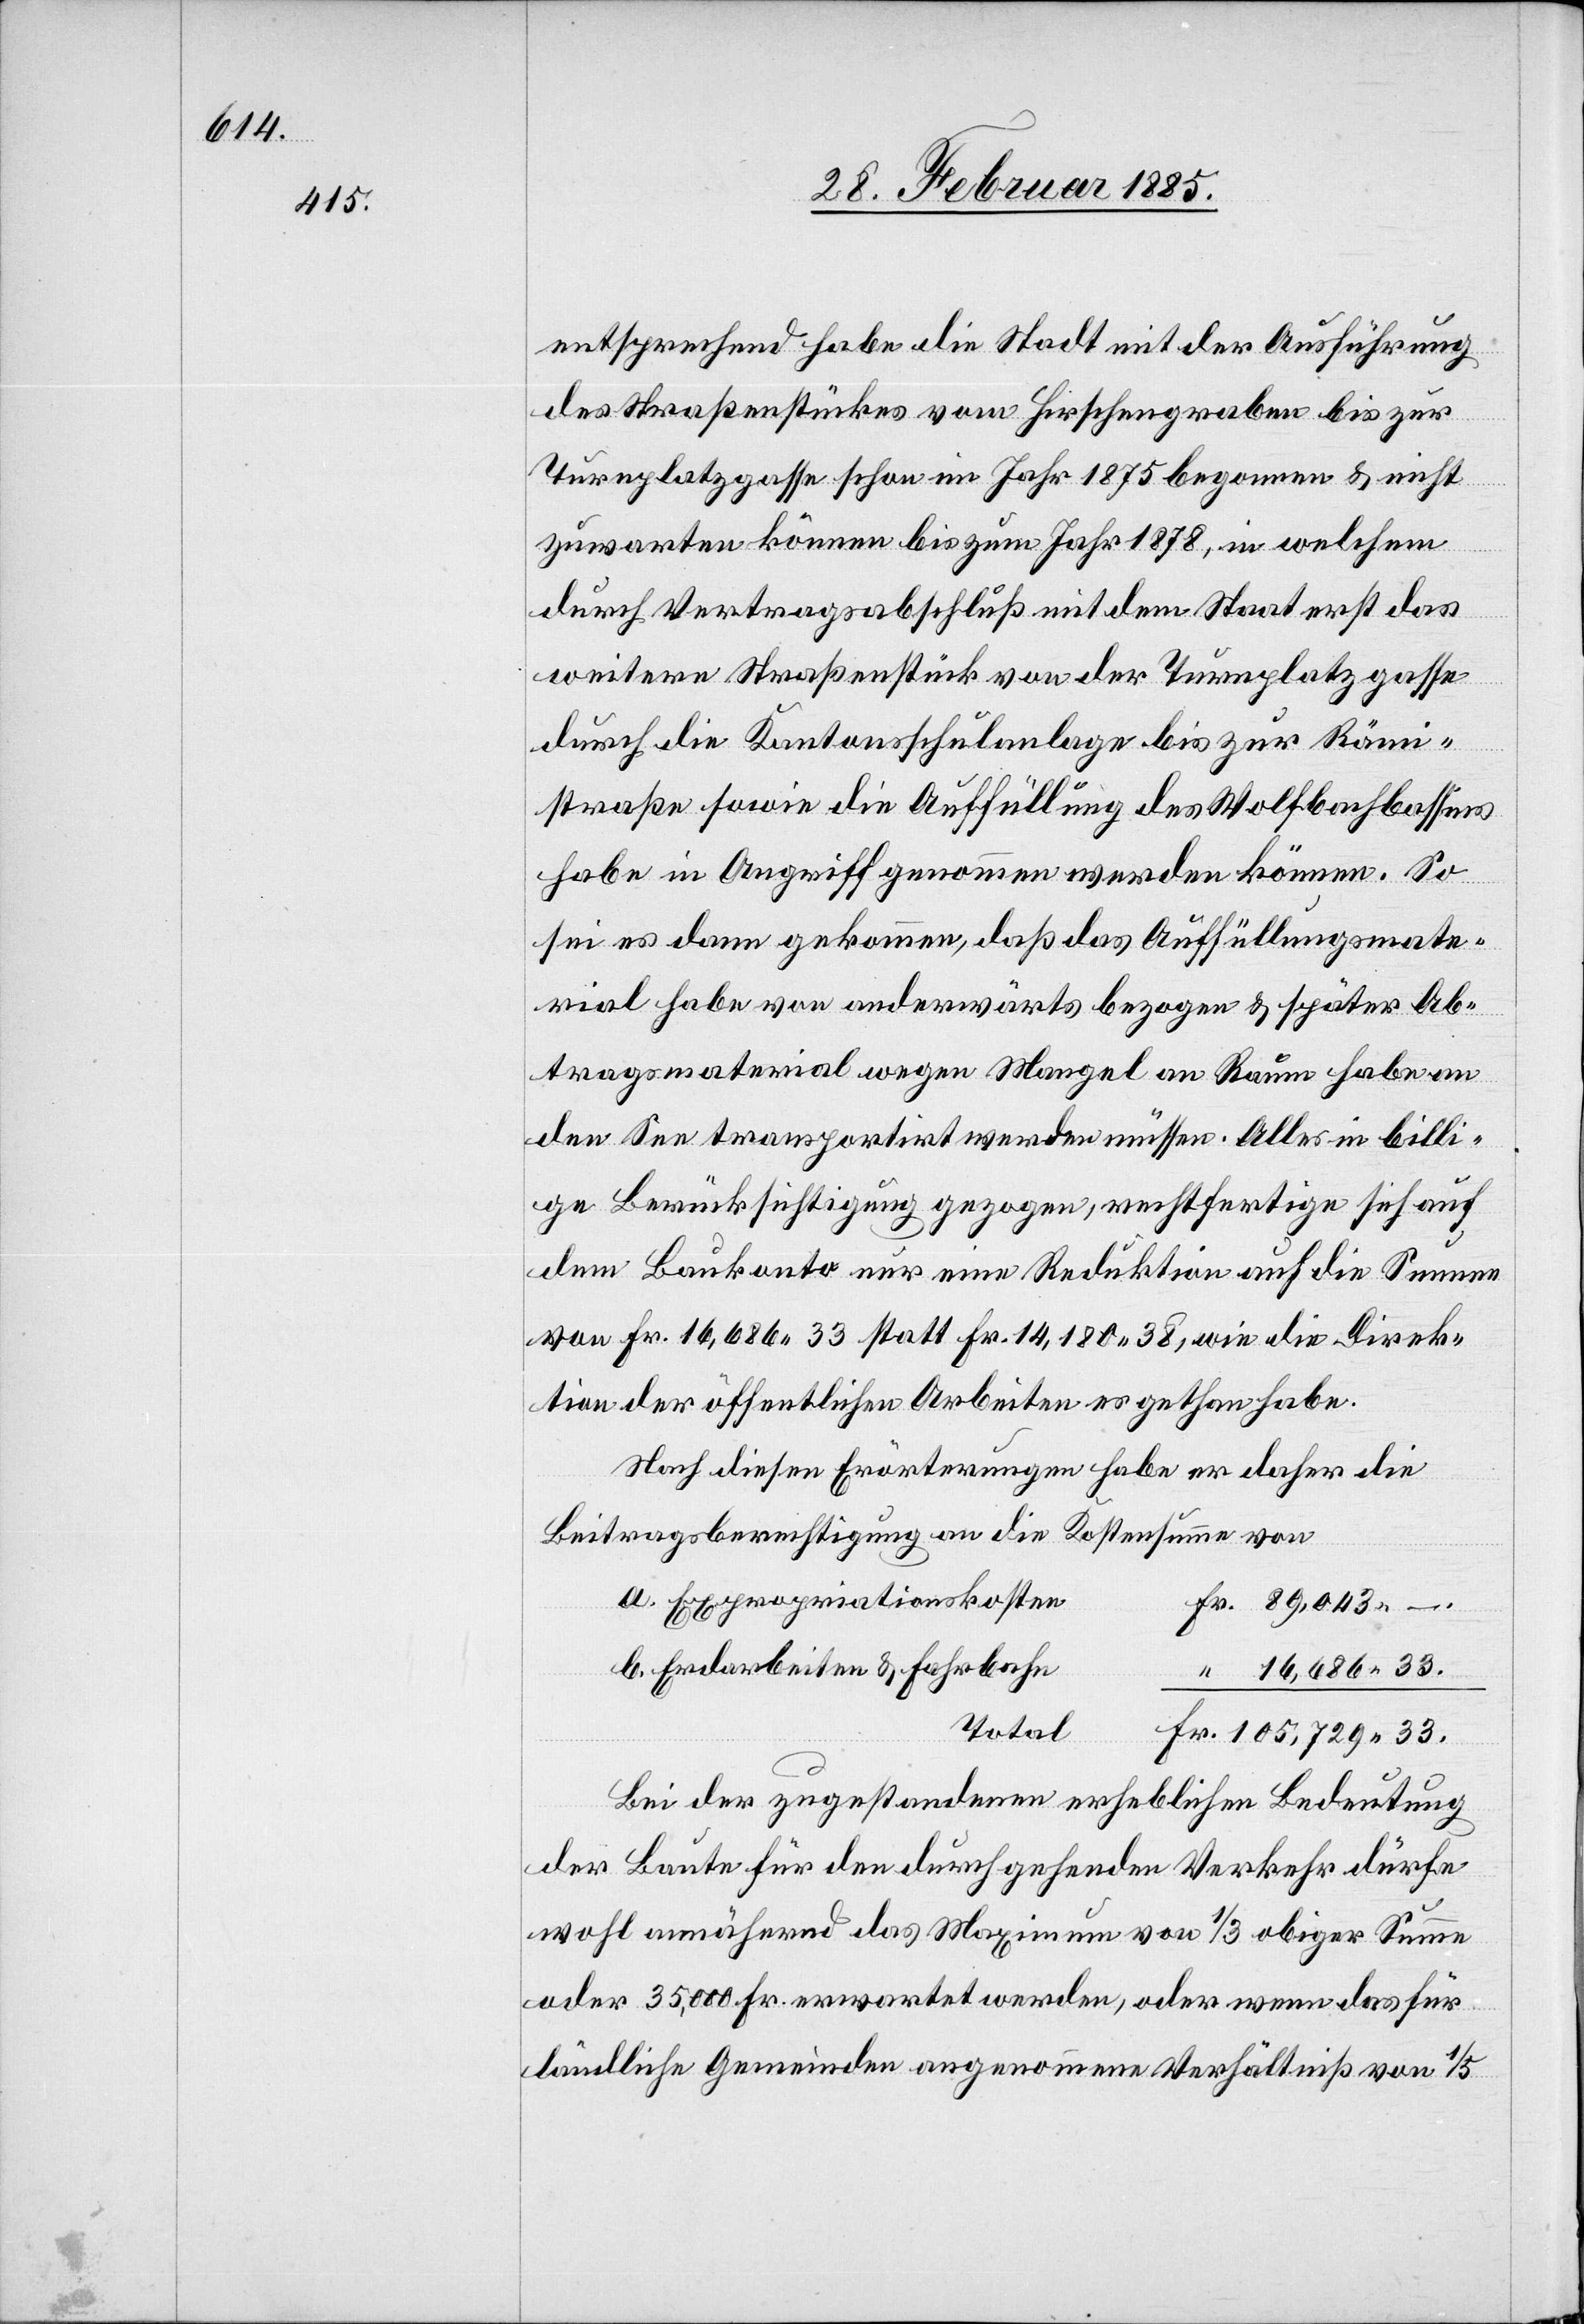
entsprechend habe die Stadt mit der Ausführung
des Straßenstückes vom Hirschengraben bis zur
Turnplatzgasse schon im Jahr 1875 begonnen & nicht
zuwarten können bis zum Jahr 1878, in welchem
durch Vertragsbeschluß mit dem Staat erst das
weitere Straßenstück von der Turnplatzgasse
durch die Kantonsschulanlage bis zur Rämi¬
straße sowie die Auffüllung des Wolfbachbassins
habe in Angriff genommen werden können. So
sei es dann genommen, daß das Auffüllungsmate¬
rial habe von anderwärts bezogen & später Ab¬
tragsmaterial wegen Mangel an Raum habe an
den See transportirt werden müssen. Alles in billi¬
ge Berücksichtigung gezogen, rechtfertige sich auf
dem Baukonto nur eine Reduktion auf die Summe
von Fr. 16,686 33 statt Fr. 14,180 38, wie die Direk¬
tion der öffentlichen Arbeiten es gethan habe.
Nach diesen Erörterungen habe er daher die
Beitragsberechnung an die Kostensumme von
a. Expropriationskosten
b. Erdarbeiten & Fahrbahn
16,686 33.
Total
Bei der zugestandenen erheblichen Bedeutung
der Baute für den durchgehenden Verkehr dürfe
wohl annähernd das Maximum von 1/3 obiger Summe
oder 35,000 Fr. erwartet werden, oder wenn das für
ländliche Gemeinden angenommene Verhältniß von 1/5